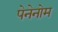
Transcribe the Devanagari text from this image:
पेनेनोम